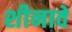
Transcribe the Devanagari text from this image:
शीनावे